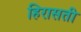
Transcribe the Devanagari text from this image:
हिरासती